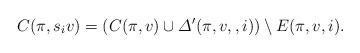
LaTeX: \begin{align*}C(\pi, s_i v) = (C(\pi, v) \cup \varDelta^\prime (\pi, v, , i)) \setminus E(\pi, v, i).\end{align*}